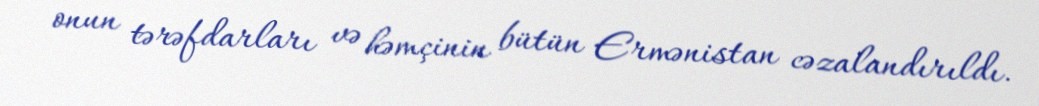
onun tərəfdarları və həmçinin bütün Ermənistan cəzalandırıldı.